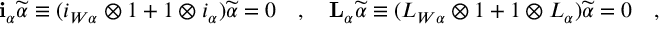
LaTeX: \mathbf { i } _ { \alpha } \widetilde \alpha \equiv ( i _ { W \alpha } \otimes 1 + 1 \otimes i _ { \alpha } ) \widetilde \alpha = 0 \quad , \quad \mathbf { L } _ { \alpha } \widetilde \alpha \equiv ( L _ { W \alpha } \otimes 1 + 1 \otimes L _ { \alpha } ) \widetilde \alpha = 0 \quad ,